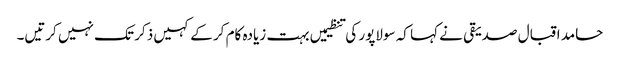
حامد اقبال صدیقی نے کہا کہ سولاپور کی تنظیمیں بہت زیادہ کام کر کے کہیں ذکر تک نہیں کرتیں۔